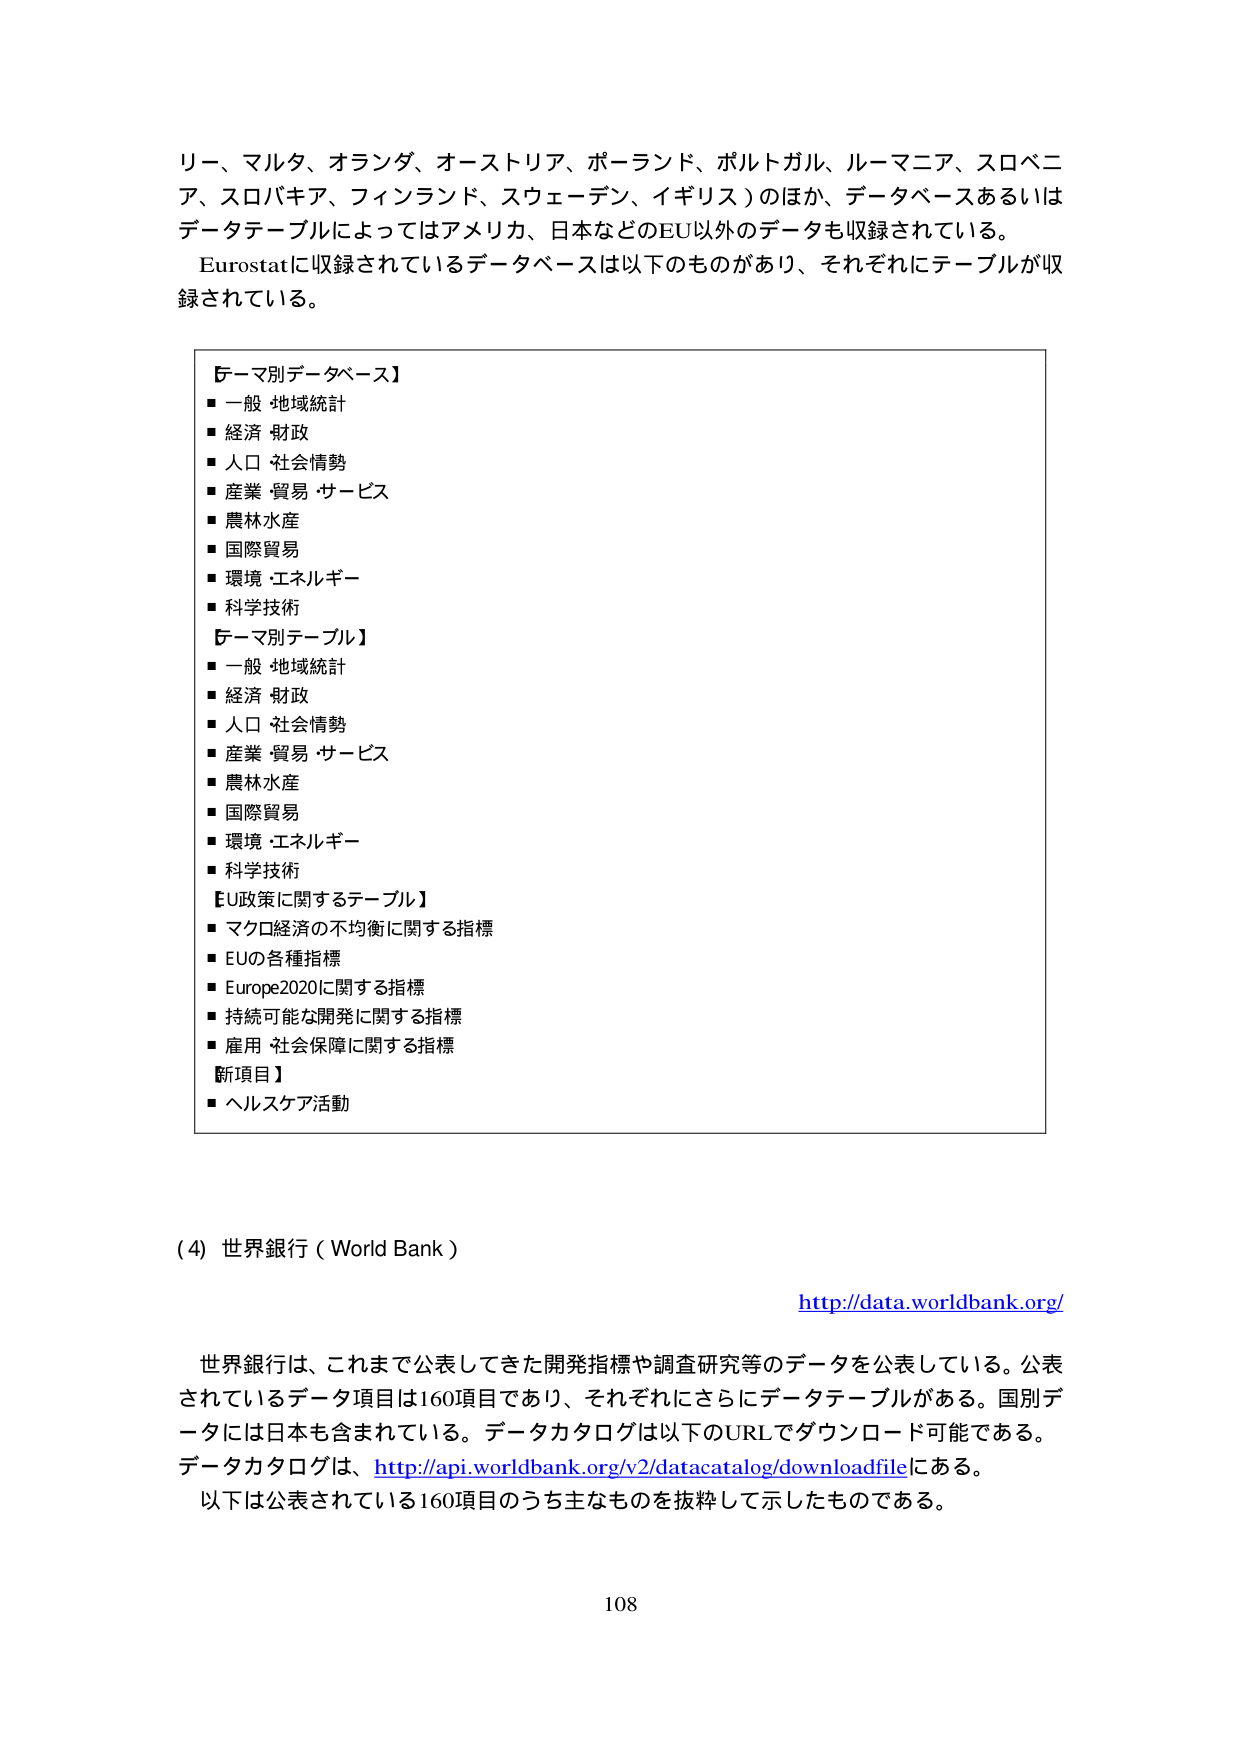
リー、マルタ、オランダ、オーストリア、ポーランド、ポルトガル、ルーマニア、スロベニア、スロバキア、フィンランド、スウェーデン、イギリス）のほか、データベースあるいはデータテーブルによってはアメリカ、日本などのEU以外のデータも収録されている。
Eurostatに収録されているデータベースは以下のものがあり、それぞれにテーブルが収録されている。

【テーマ別データベース】
■ 一般・地域統計
■ 経済・財政
■ 人口・社会情勢
■ 産業・貿易・サービス
■ 農林水産
■ 国際貿易
■ 環境・エネルギー
■ 科学技術

【テーマ別テーブル】
■ 一般・地域統計
■ 経済・財政
■ 人口・社会情勢
■ 産業・貿易・サービス
■ 農林水産
■ 国際貿易
■ 環境・エネルギー
■ 科学技術

【EU政策に関するテーブル】
■ マクロ経済の不均衡に関する指標
■ EUの各種指標
■ Europe2020に関する指標
■ 持続可能な開発に関する指標
■ 雇用・社会保障に関する指標

【新項目】
■ ヘルスケア活動

（4）世界銀行（World Bank）
http://data.worldbank.org/

世界銀行は、これまで公表してきた開発指標や調査研究等のデータを公表している。公表されているデータ項目は160項目であり、それぞれにさらにデータテーブルがある。国別データには日本も含まれている。データカタログは以下のURLでダウンロード可能である。
データカタログは、http://api.worldbank.org/v2/datacatalog/downloadfileにある。
以下は公表されている160項目のうち主なものを抜粋して示したものである。

108